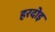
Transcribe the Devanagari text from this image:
हरदोइ